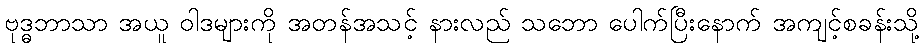
ဗုဒ္ဓဘာသာ အယူ ဝါဒများကို အတန်အသင့် နားလည် သဘော ပေါက်ပြီးနောက် အကျင့်စခန်းသို့